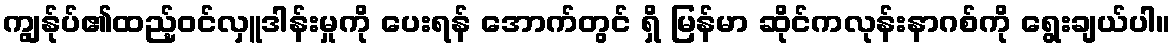
ကျွန်ုပ်၏ထည့်ဝင်လှူဒါန်းမှုကို ပေးရန် အောက်တွင် ရှိ မြန်မာ ဆိုင်ကလုန်းနာဂစ်ကို ရွေးချယ်ပါ။